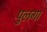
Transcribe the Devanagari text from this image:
पुलगा